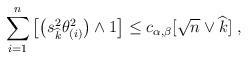
LaTeX: \begin{align*} \sum_{i=1}^{n} \big[\big(s^2_{\widehat{k}}\theta^2_{(i)}\big)\wedge 1 \big]\leq c_{\alpha,\beta}[\sqrt{n} \vee \widehat{k}]\ , \end{align*}